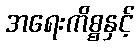
အရေးကိစ္စနှင့်